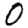
Digit: 0